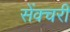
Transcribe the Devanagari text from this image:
सेंक्चरी